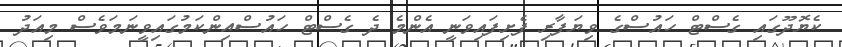
ކެޔޮދޫގައި ގެސްޓް ހައުސްގެ ވިޔަފާރި ފެށިފައިވަނީ އެންމެ ދެ ގެސްޓް ހައުސްއިންކަމުގައިވީނަމަވެސް މިއަދު